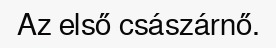
Az első császárnő.